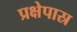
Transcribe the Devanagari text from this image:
प्रक्षेपास्र